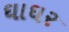
ઘાઘર